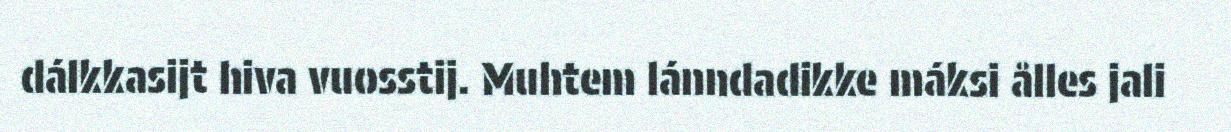
dálkkasijt hiva vuosstij. Muhtem lánndadikke máksi ålles jali